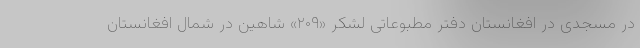
در مسجدی در افغانستان دفتر مطبوعاتی لشکر «۲۰۹» شاهین در شمال افغانستان